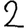
Digit: 2